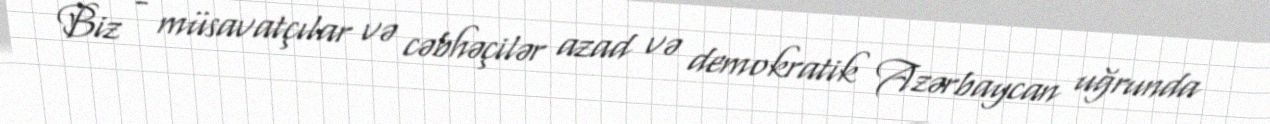
Biz - müsavatçılar və cəbhəçilər azad və demokratik Azərbaycan uğrunda